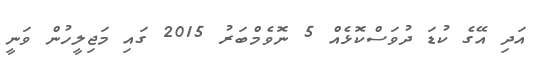
އަދި އޭގެ ކުޑަ ދުވަސްކޮޅެއް 5 ނޮވެމްބަރު 2015 ގައި މަޖިލީހުން ވަނީ